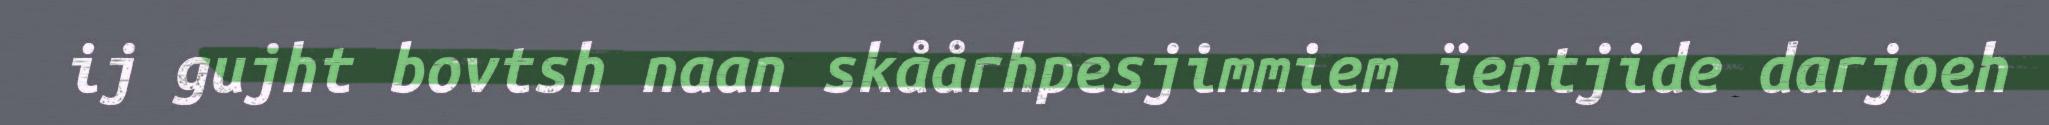
ij gujht bovtsh naan skåårhpesjimmiem ïentjide darjoeh